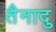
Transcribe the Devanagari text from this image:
तैनादु